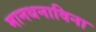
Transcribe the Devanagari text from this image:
मानधनाविना